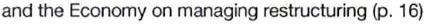
and the Economy on managing restructuring (p. 16)